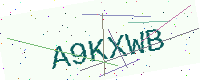
Text: A9KXWB